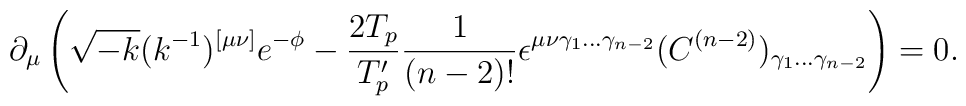
\partial_\mu \left( \sqrt{-k} (k^{-1})^{[ \mu \nu ]} e^{-\phi}-\frac{2 T_p}{T'_p} \frac{1}{(n-2)!} \epsilon^{\mu \nu \gamma_1 \ldots \gamma_{n-2}}(C^{(n-2)})_{\gamma_1 \ldots \gamma_{n-2}} \right) = 0 .